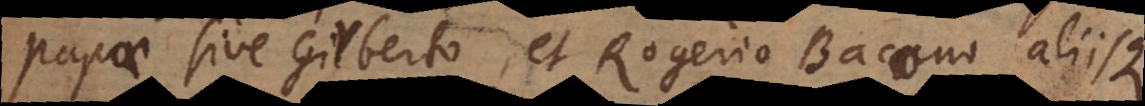
papae sive [Gerberto], et Rogerio Bacono aliisque